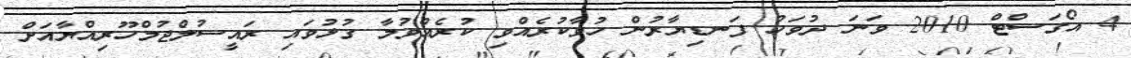
4 އޯގަސްޓް 2010 ވަނަ ދުވަހު ފަނޑިޔާރުން ހުވާކުރެއްވި ކުރެއްވުމާ ގުޅުވައި ރައީސުލްޖުމްހޫރިއްޔާއަށް